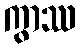
ကွာဿ